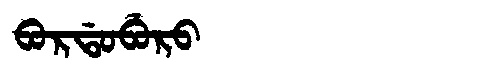
Manchu: ᠪᠣᡵᡩᠣᠪᡠᡵᠣ
Romanization: BORDOBURO